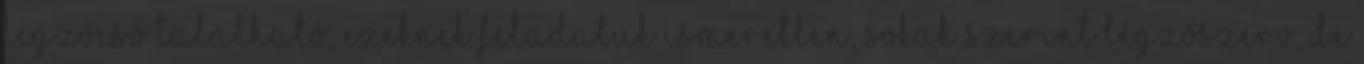
légzőcső található, ezeknek feladatuk ismeretlen, sokak szerint légzőszerv, de